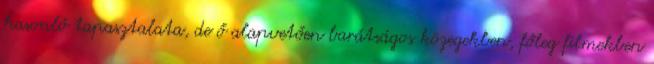
hasonló tapasztalata, de ő alapvetően barátságos közegekben, főleg filmekben